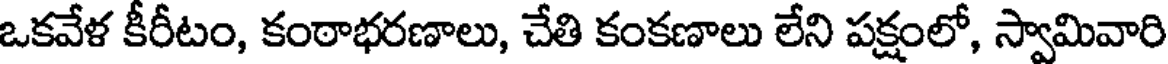
ఒకవేళ కీరీటం, కంఠాభరణాలు, చేతి కంకణాలు లేని పక్షంలో, స్వామివారి